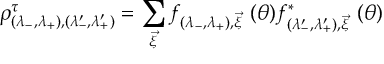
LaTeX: \rho _ { ( \lambda _ { - } , \lambda _ { + } ) , ( \lambda _ { - } ^ { \prime } , \lambda _ { + } ^ { \prime } ) } ^ { \tau } = \sum _ { \vec { \xi } } f _ { ( \lambda _ { - } , \lambda _ { + } ) , \vec { \xi } } \ ( \theta ) f _ { ( \lambda _ { - } ^ { \prime } , \lambda _ { + } ^ { \prime } ) , \vec { \xi } } ^ { * } \ ( \theta )